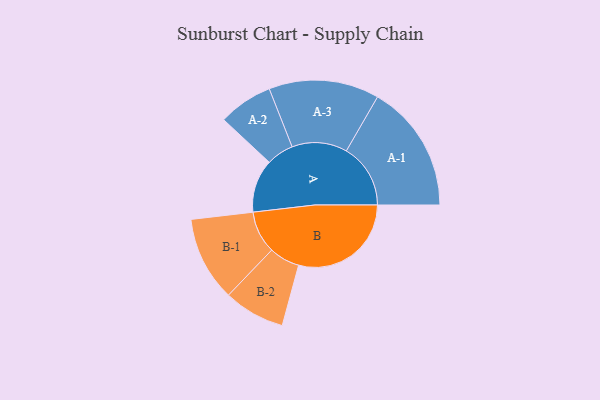
{"axis": {"x": "Segment", "y": "Value"}, "legend": ["", "A", "B"], "data": [{"x": "A", "y": 236, "type": ""}, {"x": "B", "y": 500, "type": ""}, {"x": "A-1", "y": 285, "type": "A"}, {"x": "A-2", "y": 121, "type": "A"}, {"x": "A-3", "y": 245, "type": "A"}, {"x": "B-1", "y": 188, "type": "B"}, {"x": "B-2", "y": 136, "type": "B"}]}